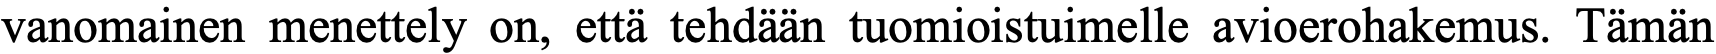
vanomainen menettely on, että tehdään tuomioistuimelle avioerohakemus. Tämän